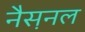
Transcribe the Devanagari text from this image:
नैस़नल